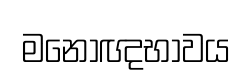
මනෝඥභාවය